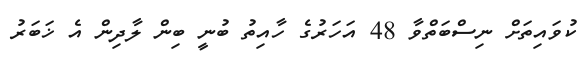
ކުވައިތަށް ނިސްބަތްވާ 48 އަހަރުގެ ހާއިތު ބުނީ ބިން ލާދިން އެ ޚަބަރު